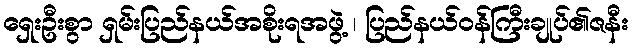
ရှေးဦးစွာ ရှမ်းပြည်နယ်အစိုးရအဖွဲ့ ၊ ပြည်နယ်ဝန်ကြီးချုပ်၏ဇနီး